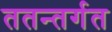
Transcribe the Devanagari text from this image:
ततन्तर्गत